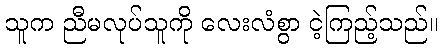
သူက ညီမလုပ်သူကို လေးလံစွာ ငဲ့ကြည့်သည်။